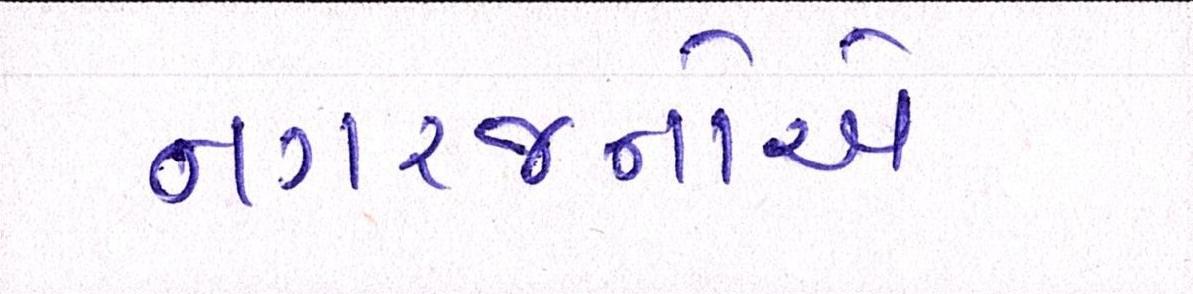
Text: નગરજનોએ